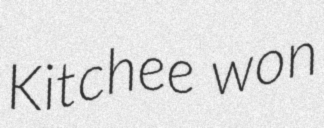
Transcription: Kitchee won